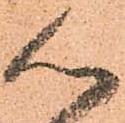
心